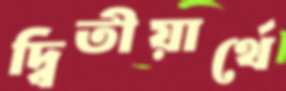
দ্বিতীয়ার্থে